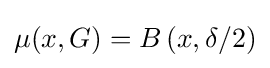
\mu (x,G)=B\left(x,\delta /2\right)